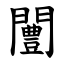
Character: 闦